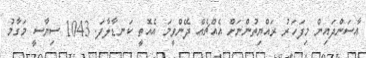
އާސަންދައިން މިފަހަރު ރައްޔިތުންނަށް އެއްޗެއް ދޭންވީމަ އެއޮތީ ކަނޑާލާފަ. 1043 ސިޔާސީ މަގާމު